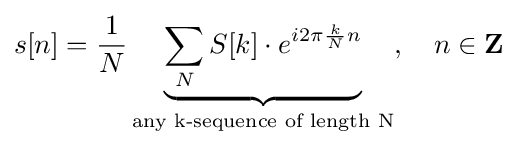
s[n]={\frac {1}{N}}\underbrace {\sum _{N}S[k]\cdot e^{i2\pi {\frac {k}{N}}n}} _{\text{any k-sequence of length N}},\quad n\in \mathbf {Z}